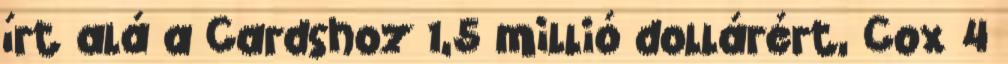
írt alá a Cardshoz 1,5 millió dollárért, Cox 4